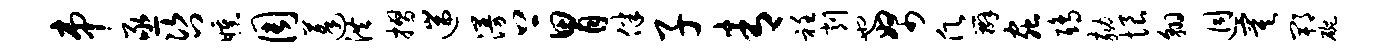
串亟咨曛周蓬洪摺遄漫上胃伴子青衽削也帑愿辫虫鸱劾恨翱迥寞郫碗